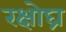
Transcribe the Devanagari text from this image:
रक्षोघ्र